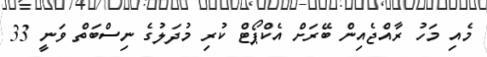
މެއި މަހު ރާއްޖެއިން ބޭރަށް އެކްްޕޯޓް ކުރި މުދަލުގެ ނިސްބަތް ވަނީ 33